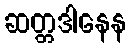
ဆတ္တဒါနေန